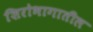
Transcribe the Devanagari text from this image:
शिरोभागातील